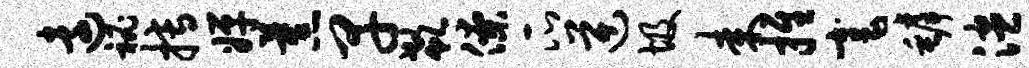
远秘搏婵蕉早欷僚瓜逆圾耒推毫罅漶